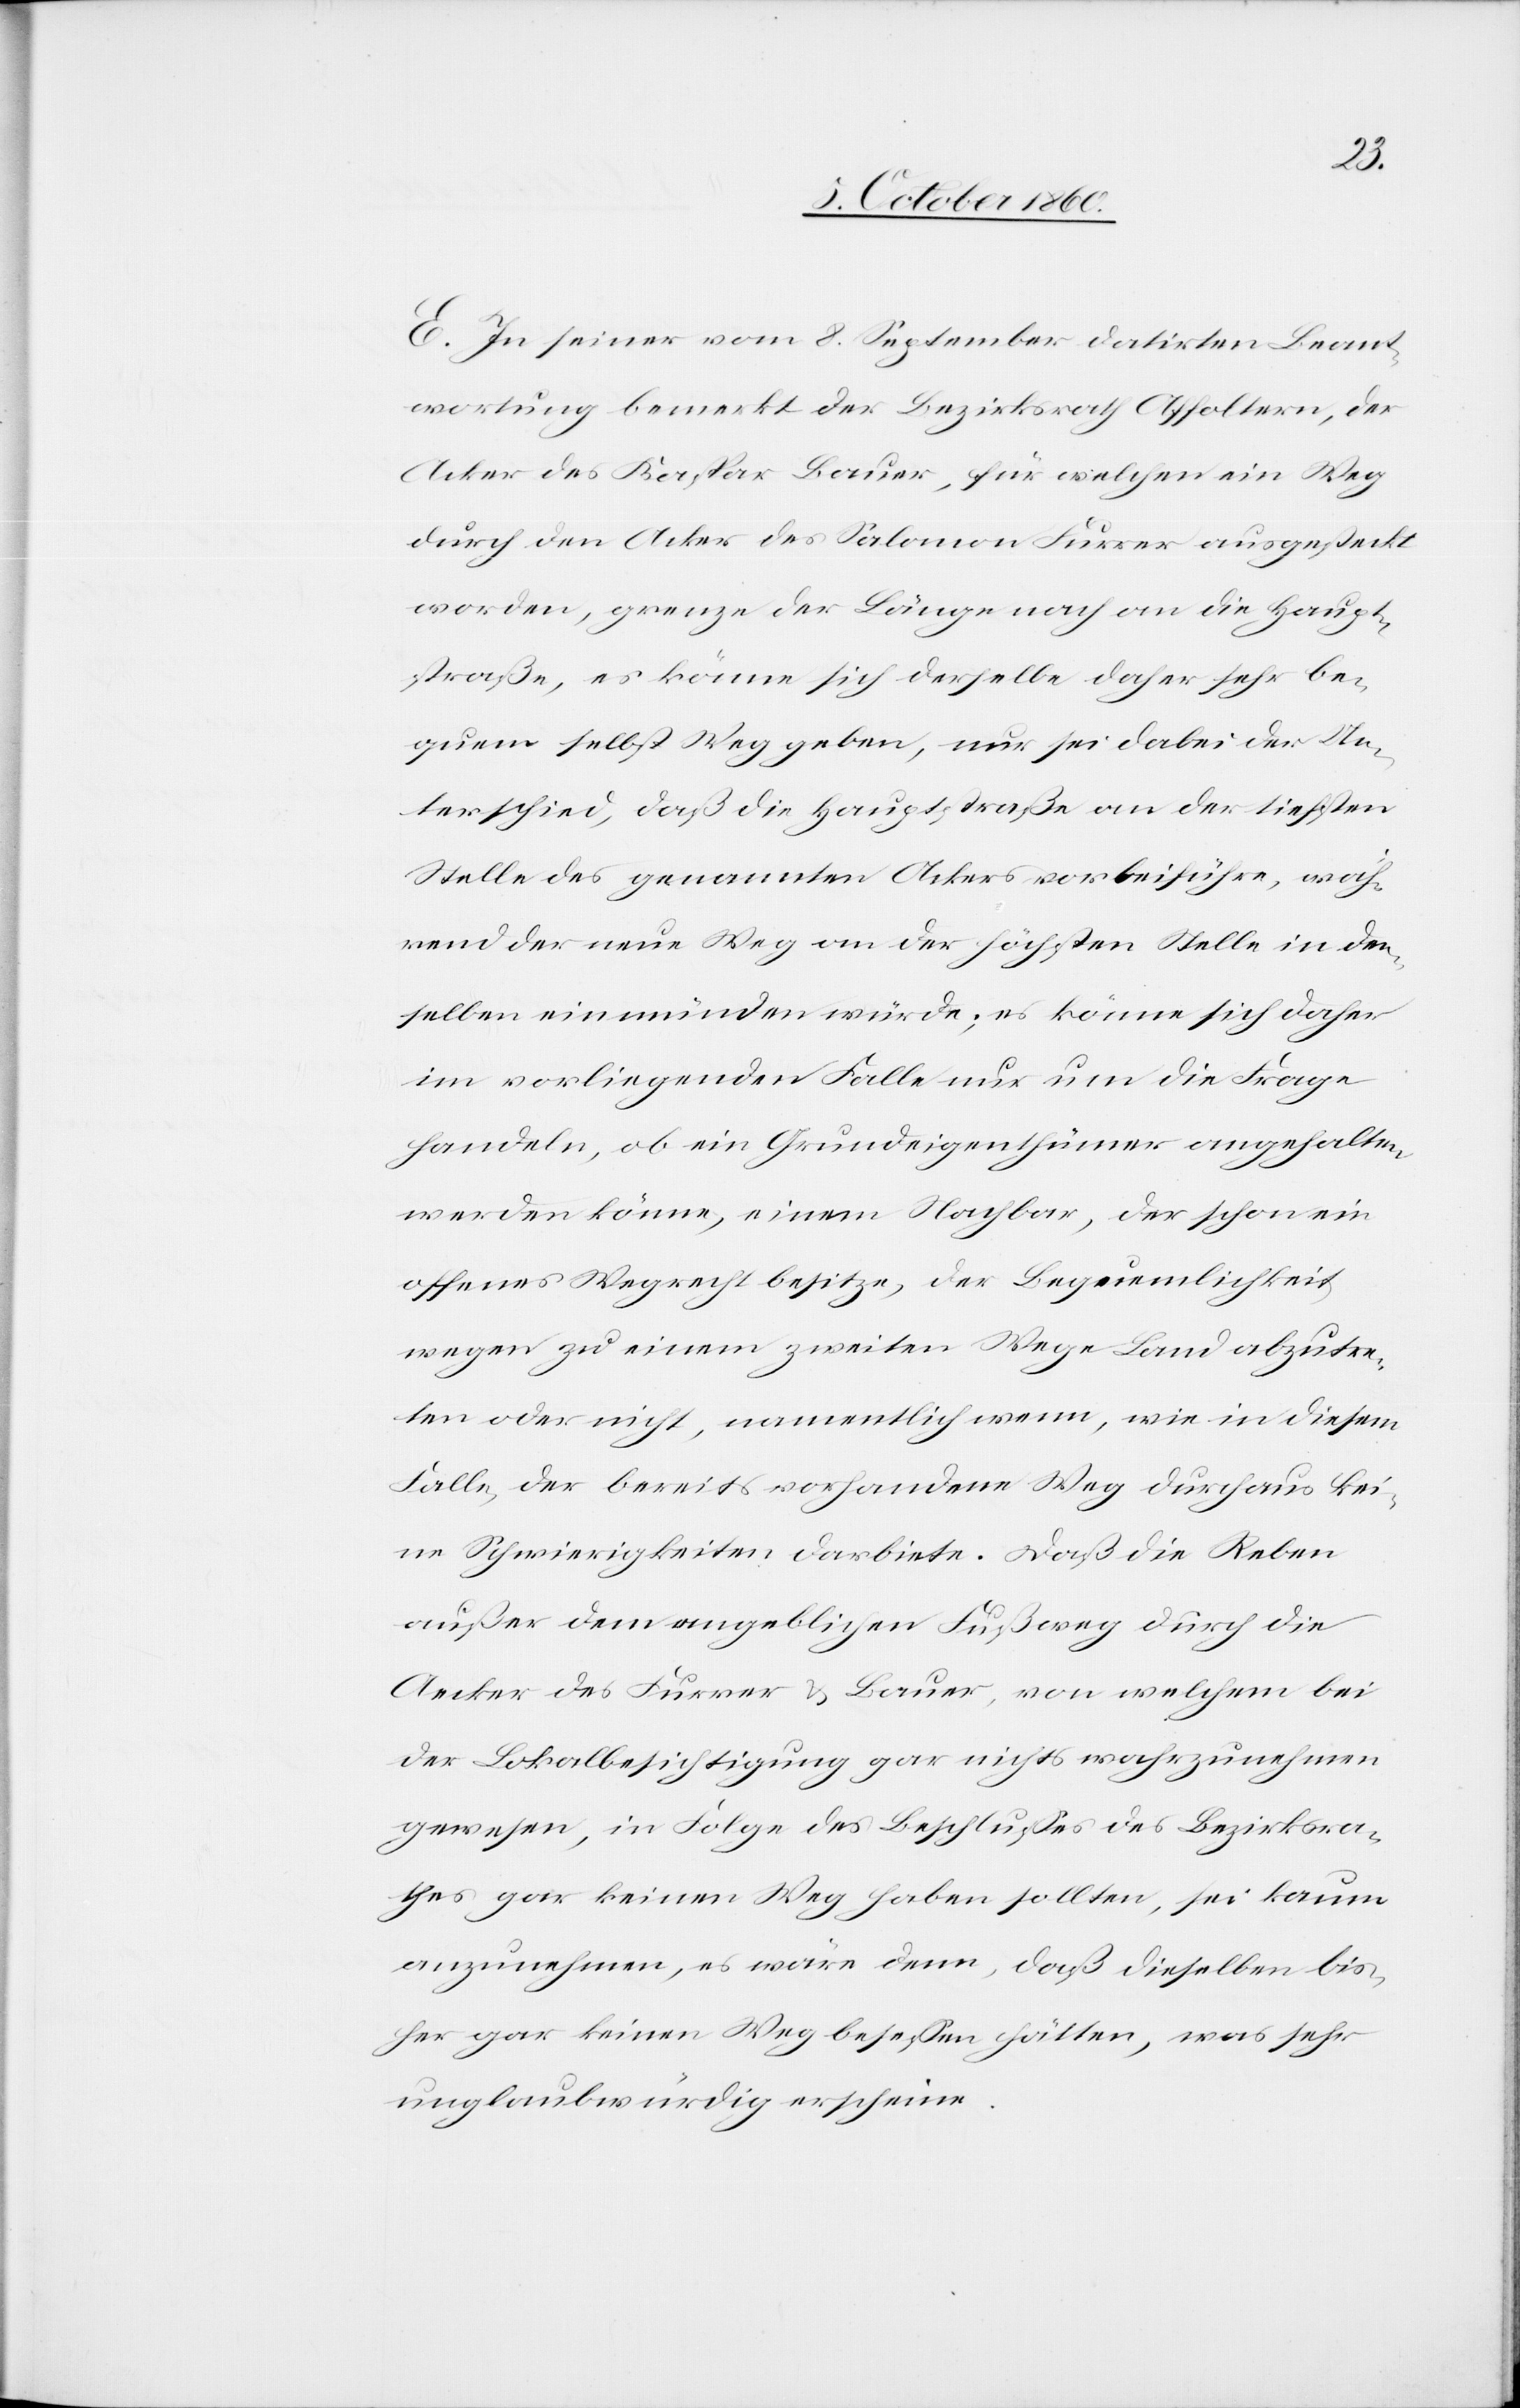
E. In seiner vom 8. September datirten Beant¬
wortung bemerkt der Bezirksrath Affoltern, der
Acker des Kaspar Bauer, für welchen ein Weg
durch den Acker des Salomon Furrer ausgesteckt
worden, grenze der Länge nach an die Haupt¬
straße, es könne sich derselbe daher sehr be¬
quem selbst Weg geben, nur sei dabei der Un¬
terschied, daß die Hauptstraße an der tiefsten
Stelle des genannten Ackers vorbeiführe, wäh¬
rend der neue Weg an der höchsten Stelle in den¬
selben einmünden würde; es könne sich daher
im vorliegenden Falle nur um die Frage
handeln, ob ein Grundeigenthümer angehalten
werden könne, einem Nachbar, der schon ein
offenes Wegrecht besitze, der Bequemlichkeit
wegen zu einem zweiten Wege Land abzutre¬
ten oder nicht, namentlich wenn, wie in diesem
Falle, der bereits vorhandene Weg durchaus kei¬
ne Schwierigkeiten darbiete. Daß die Reben
außer dem angeblichen Fußweg durch die
Aecker des Furrer u. Bauer, von welchem bei
der Lokalbesichtigung gar nichts wahrzunehmen
gewesen, in Folge des Beschlusses des Bezirksra¬
thes gar keinen Weg haben sollten, sei kaum
anzunehmen, es wäre denn, daß dieselben bis¬
her gar keinen Weg besessen hätten, was sehr
unglaubwürdig erscheine.